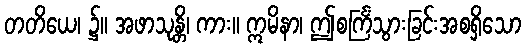
တတိယေ၊ ၌။ အဖာသုန္တိ၊ ကား။ ဣမိနာ၊ ဤစင်္ကြံသွားခြင်းအစရှိသော